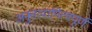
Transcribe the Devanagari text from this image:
अनुत्तरदायित्वपूर्ण